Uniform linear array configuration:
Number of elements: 48
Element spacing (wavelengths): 0.25
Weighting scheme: binomial
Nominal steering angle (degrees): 30
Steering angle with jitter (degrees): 29.547
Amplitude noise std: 0.05
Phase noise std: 0.05

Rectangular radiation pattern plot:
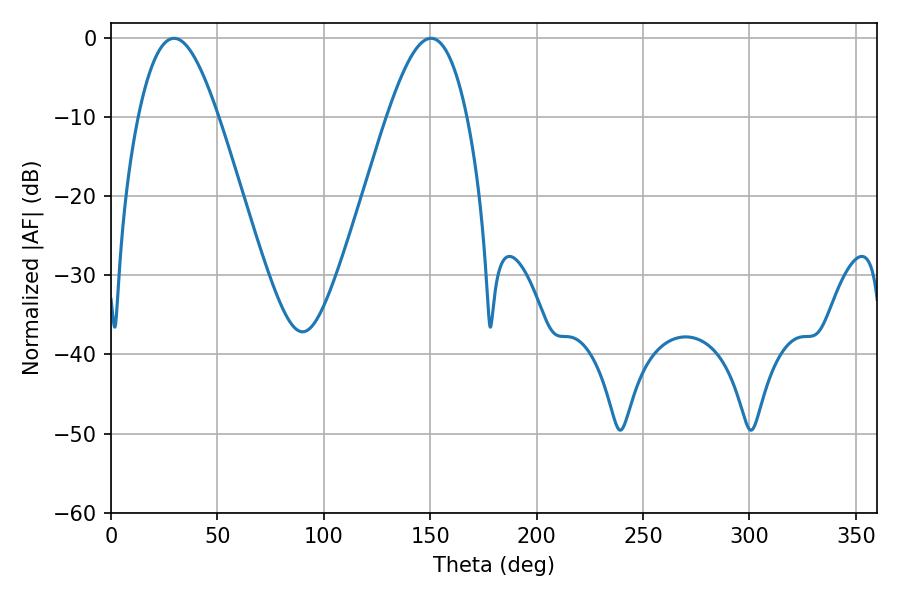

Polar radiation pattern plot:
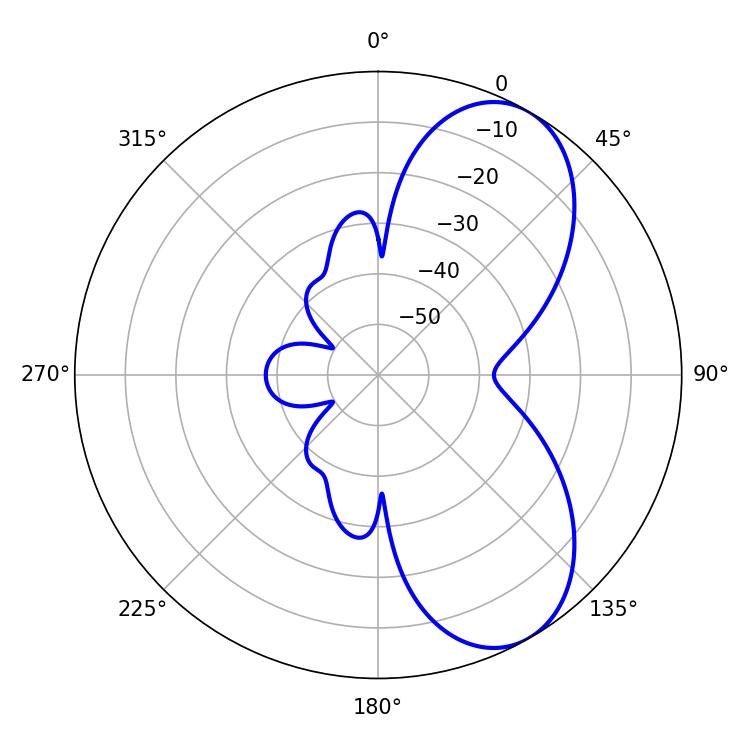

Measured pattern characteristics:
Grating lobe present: FALSE
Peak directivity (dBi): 7.088
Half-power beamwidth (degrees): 20.34
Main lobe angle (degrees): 29.7